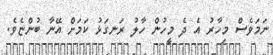
ނަމަވެސް މިހާރު އެ ދެ މީހުން ހާލު ރަނގަޅު ކަމަށް އޭނާ ބުންޏެވެ.